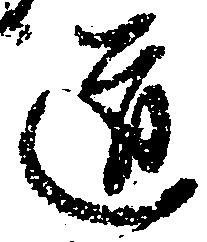
道